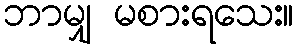
ဘာမျှ မစားရသေး။